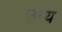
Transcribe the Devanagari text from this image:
उन्य